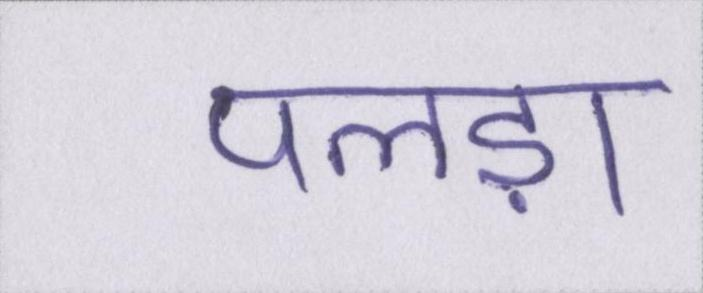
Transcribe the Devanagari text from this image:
पलड़ा